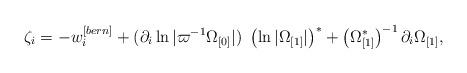
LaTeX: \begin{align*}\zeta _{i}=-w_{i}^{[bern]}+(\partial _{i}\ln |\varpi ^{-1}\Omega _{\lbrack0]}|)~\left( \ln |\Omega _{\lbrack 1]}|\right) ^{\ast }+\left( \Omega_{\lbrack 1]}^{\ast }\right) ^{-1}\partial _{i}\Omega _{\lbrack 1]},\end{align*}